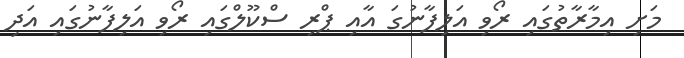
މަށި އިމާރާތުގައި ރޯވި އަލިފާނުގަ އާއި ޕްރި ސްކޫލްގައި ރޯވި އަލިފާނުގައި އަދި